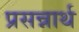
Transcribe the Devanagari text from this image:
प्रसन्नार्थ